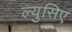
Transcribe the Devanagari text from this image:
ल्युसिए